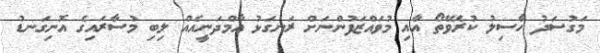
މަގުސަދު ހާސިލު ކުރެވޭތޯ އާއި މުވައްޒަފުންނަށް ރަނގަޅު އާމްދަނީއެއް ލިބި މުސާރައިގެ އޮނިގަނޑު